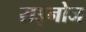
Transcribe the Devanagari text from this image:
राइनोज